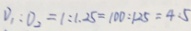
D _ { 1 } : D _ { 2 } = 1 : 1 . 2 5 = 1 0 0 : 1 2 5 = 4 : 5